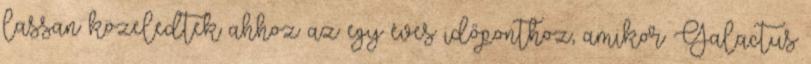
lassan közeledtek ahhoz az egy éves időponthoz, amikor Galactus